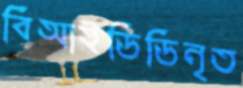
বিআইডিডিনৃত